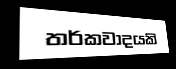
තර්කවාදයකි